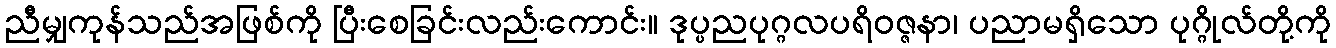
ညီမျှကုန်သည်အဖြစ်ကို ပြီးစေခြင်းလည်းကောင်း။ ဒုပ္ပညပုဂ္ဂလပရိဝဇ္ဇနာ၊ ပညာမရှိသော ပုဂ္ဂိုလ်တို့ကို